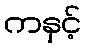
ကနှင့်